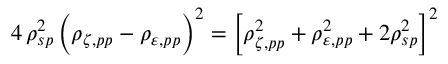
4 \, \rho _ { s p } ^ { 2 } \, \Big ( \rho _ { \zeta , p p } - \rho _ { \varepsilon , p p } \Big ) ^ { 2 } = \Big [ \rho _ { \zeta , p p } ^ { 2 } + \rho _ { \varepsilon , p p } ^ { 2 } + 2 \rho _ { s p } ^ { 2 } \Big ] ^ { 2 }